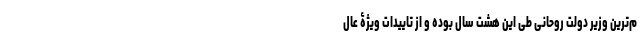
م‌ترین وزیر دولت روحانی طی این هشت سال بوده و از تاییدات ویژۀ عال